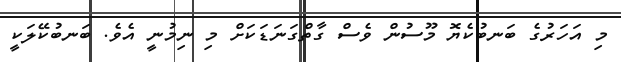
މި އަހަރުގެ ބަނބުކެޔޮ މޫސުން ވެސް ގާތްގަނަޑަކަށް މި ނިމުނީ އެވެ. ބަނބުކޭލަކީ